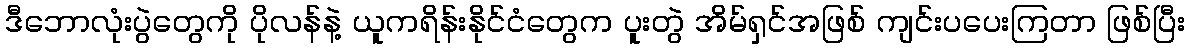
ဒီဘောလုံးပွဲတွေကို ပိုလန်နဲ့ ယူကရိန်းနိုင်ငံတွေက ပူးတွဲ အိမ်ရှင်အဖြစ် ကျင်းပပေးကြတာ ဖြစ်ပြီး